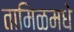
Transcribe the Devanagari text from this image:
तामिळमधे